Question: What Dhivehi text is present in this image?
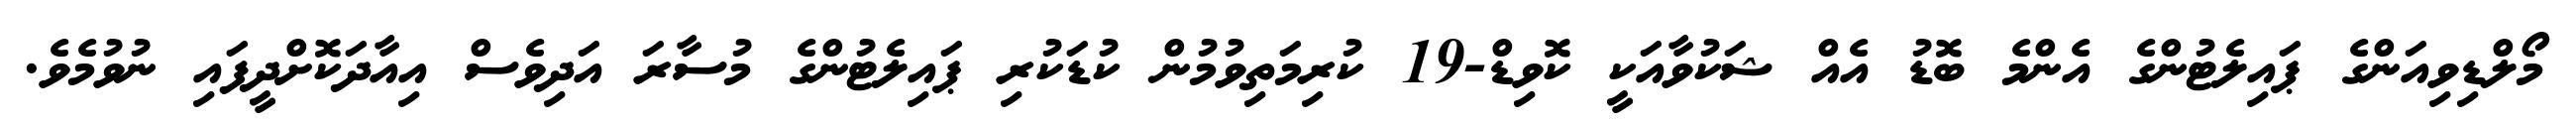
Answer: މޯލްޑިވިއަންގެ ޕައިލެޓުންގެ އެންމެ ބޮޑު އެއް ޝަކުވާއަކީ ކޮވިޑް-19 ކުރިމަތިވުމުން ކުޑަކުރި ޕައިލެޓުންގެ މުސާރަ އަދިވެސް އިއާދަކޮށްދީފައި ނުވުމެވެ.